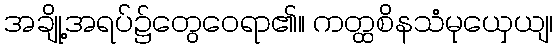
အချို့အရပ်၌တွေဝေရာ၏။ ကတ္ထစိနသံမုယှေယျ၊